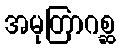
အမုတြာဂစ္ဆ